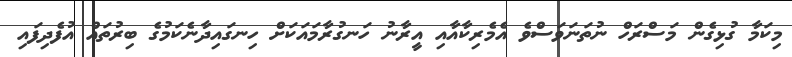
މިކަމާ ގުޅިގެން މަސްރަހް ނުތަނަވަސްވެ އެމެރިކާއާއި އީރާނު ހަނގުރާމައަކަށް ހިނގައިދާނެކަމުގެ ބިރުތައް އުފެދިފައި